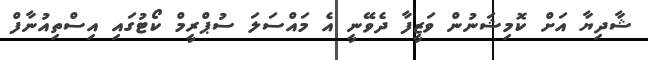
ޝާދިޔާ އަށް ކޮމިޝަނުން ވަޒީފާ ދެވޭނީ އެ މައްސަލަ ސުޕްރީމް ކޯޓުގައި އިސްތިއުނާފް